Civil Veterinary Department. United Provinces 1923-31 - 1923-1931
Year: 1923
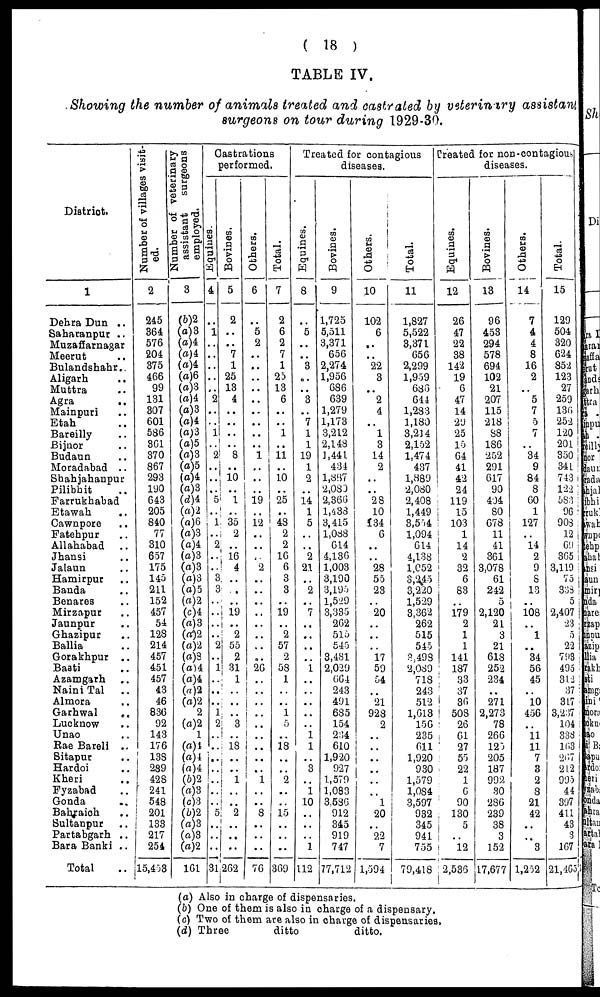
(18)
TABLE IV.
Showing the number of animals treated and castrated by veterinary assistant
surgeons on tour during 1929-30.
District.
1
Dehra Dun ..
Saharanpur ..
Muzaffarnagar
Meerut ..
Bulandshahr..
Aligarh ..
Muttra ..
Agra
..
Mainpuri ..
Etah ..
Bareilly ..
Bijnor ..
Budaun ..
Moradabad ..
Shahjahanpur ..
Pilibhit ..
Farrukhabad
Etawah
..
Cawnpore ..
Fatehpur ..
Allahabad ..
Jhansi ..
Jalaun ..
Hamirpur ..
Banda ..
Benares
Mirzapur ..
Jaunpur
..
Ghazipur ..
Ballia ..
Gorakhpur ..
Basti ..
Azamgarh ..
Naini Tal ..
Almora ..
Garhwal
..
Lucknow ..
Unao ..
Rae Bareli ..
Sitapur ..
Hardoi ..
Kheri ..
Fyzabad ..
Gonda
..
Bahraich ..
Sultanpur ..
Partahgarh ..
Bara Banki ..
Total ..
Number of villages visit-
ed.
2
245
364
576
204
375
466
99
131
307
601
586
361
370
867
293
190
643
205
840
77
310
657
175
145
211
152
457
54
128
214
457
451
457
43
46
830
92
143
176
138
289
428
241
548
201
133
217
254
15,453
Number of veterinary
assistant
surgeons
employed.
3
(b)2
(a)3
(a)4
(a)4
(a)4
(a)6
(a)3
(a)4
(a)3
(a)4
(a)3
(a)5
(a)8
(a)5
(a)4
(a)8
(d)4
(a)2
(a)6
(a)3
(a)4
(a)3
(o)3
(a)3
(a)5
(a)2
(c)4
(a)3
(a)2
(a)2
(a)3
(a)4
(a)4
(a)2
(a)2
2
(a)2
1
(a)4
(a)4
(a)4
(6)2
(a)3
(c)3
(b)2
(a)3
(a)3
(a)2
161
Castrations
performed.
Equines.
4
..
1
..
..
..
..
..
2
..
..
1
..
2
..
..
..
5
..
1
..
2
..
..
3
3
..
..
..
..
2
..
1
..
..
..
1
2
..
..
..
..
..
..
..
5
..
..
..
31
Bovines.
5
2
..
..
7
1
25
13
4
..
..
..
..
8
..
10
..
1
..
35
2
..
16
4
..
..
..
19
..
2
55
2
31
1
..
..
..
3
..
18
..
..
1
..
..
2
..
..
..
262
Others.
6
..
5
2
..
..
..
..
..
..
..
..
..
1
..
..
..
19
..
12
..
..
..
2
..
..
..
..
..
..
..
....
26
..
..
..
..
..
..
..
..
1 1
..
..
8
..
..
..
76
Total.
7
2
6
2
7
1
25
13
6
..
..
1
..
11
..
10
..
25
..
48
2
2
16
6
3
3
..
19
..
2
57
2
58
1
..
..
1
5
..
18
..
..
2
..
....
15
..
..
..
369
Tre
Equines.
8
..
5
..
..
3
..
..
3
..
7
1
1
19
1
2
..
14
1
5
..
..
2
21
..
2
..
7
..
..
..
..
1
..
..
..
..
..
1
1
..
3
..
1
10
..
..
..
1
112
ated fo
dis
Bovines.
9
1,725
5,511
3,371
656
2,274
1,956
686
639
1,279
1,173
3,212
2,148
1,441
434
1,887
2,080
2,366
1,433
3,415
1,088
614
4,13G
1,003
3,190
3,195
1,529
3,335
262
515
545
3,481
2,029
664
243
491
685
154
234
610
1,920
927
1,579
1,083
3,586
912
345
919
747
77,712
r conta
eases.
Others.
10
102
6
..
..
22
3
..
2
4
..
1
3
14
2
..
..
28
10
134
6
..
..
28
55
23
..
20
..
..
..
17
59
54
..
21
928
2
..
..
..
..
..
..
1
20
..
22
7
1,594
gious
Total.
11
1,827
5,522
3,371
656
2,299
1,959
686
644
1,283
1,180
3,214
2,152
1,474
437
1,889
2,080
2,408
1,449
3,554
1,094
614
4,138
1,052
8,245
3,220
1,529
3,362
262
515
545
3,498
2,089
718
243
512
1,613
156
235
611
1,920
930
1,579
1,084
3,597
932
345
941
755
79,418
Created for non-contagious
diseases.
Equines.
12
26
47
22
38
142
19
6
47
14
29
25
15
64
41
42
24
119
15
103
1
14
2
32
6
83
..
179
2
1
1
141
187
33
37
36
i 508
26
61
27
55
22
1
6
90
130
5
5
12
2,536
Bovines.
13
96
453
294
578
694
102
21
207
115
218
88
186
252
291
617
90
404
80
678
11
41
361
3,078
61
242
5
2,120
21
3
21
618
252
234
..
271
2,273
78
266
125
205
187
993
30
286
239
38
3
152
17,677
Others.
14
7
4
4
8
16
2
..
5
7
5
7
..
34
9
84
8
60
1
127
..
14
2
9
8
13
..
108
..
1
..
34
56
45
..
10
456
..
11
11
7
3
2
8
21
42
..
..
3
1,252
Total.
15
129
504
320
624
852
123
27
259
136
252
120
201
350
341
743 i
122
683
96
908
12
6!)
365
3,119
75
338
5
2,407
23
5
22
793
495
312
37
3L7
3,237
104
338
163
2G7
21.2
995
44
397
411
43
3
167
21,465
(a) Also in charge of dispensaries.
(b) One of them is also in charge of a dispensary.
(c) Two of them are also in charge of dispensaries,
(d) Three
ditto
ditto.